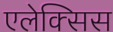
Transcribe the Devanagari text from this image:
एलेक्‍सिस